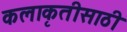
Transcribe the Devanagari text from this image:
कलाकृतीसाठी